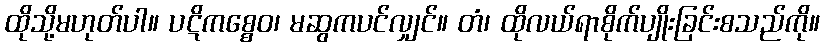
ထိုသို့မဟုတ်ပါ။ ပဋိကစ္စေဝ၊ မဆွကပင်လျှင်။ တံ၊ ထိုလယ်ရာစိုက်ပျိုးခြင်းစသည်ကို။